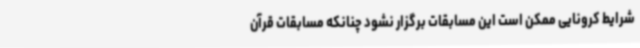
شرایط کرونایی ممکن است این مسابقات برگزار نشود چنانکه مسابقات قرآن